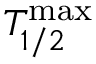
T _ { 1 / 2 } ^ { \mathrm { m a x } }